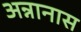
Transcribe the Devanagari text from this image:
अन्नानास